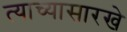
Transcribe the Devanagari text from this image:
त्याच्यासारखे